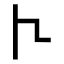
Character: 𠁢